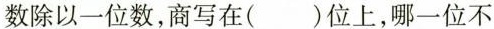
数除以一位数，商写在( )位上，哪一位不